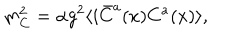
m _ { C } ^ { 2 } = \alpha g ^ { 2 } \langle i \bar { C } ^ { a } ( x ) C ^ { a } ( x ) \rangle ,